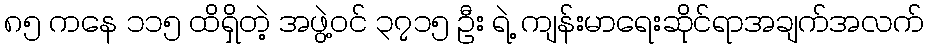
၈၅ ကနေ ၁၁၅ ထိရှိတဲ့ အဖွဲ့ဝင် ၃၇၁၅ ဦး ရဲ့ ကျန်းမာရေးဆိုင်ရာအချက်အလက်